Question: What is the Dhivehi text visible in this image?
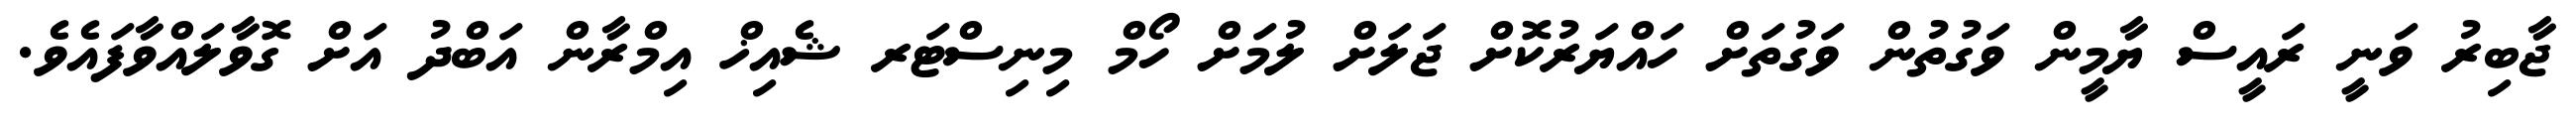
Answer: ޖާބިރު ވަނީ ރައީސް ޔާމީން ވަގުތުން ވަގުތަށް ހައްޔަރުކޮށް ޖަލަށް ލުމަށް ހޯމް މިނިސްޓަރ ޝެއިޚް އިމްރާން އަބްދު އަށް ގޮވާލައްވާފައެވެ.